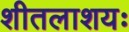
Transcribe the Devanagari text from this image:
शीतलाशयः